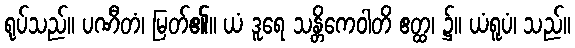
ရုပ်သည်။ ပဏီတံ၊ မြတ်၏။ ယံ ဒူရေ သန္တိကေဝါတိ ဧတ္ထ၊ ၌။ ယံရူပံ၊ သည်။